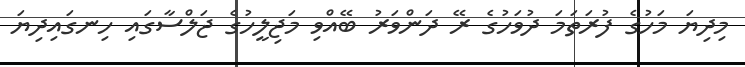
މިދިޔަ މަހުގެ ފުރަތަމަ ދުވަހުގެ ރޭ ދަންވަރު ބޭއްވި މަޖިލީހުގެ ޖަލްސާގައި ހިނގައިދިޔަ